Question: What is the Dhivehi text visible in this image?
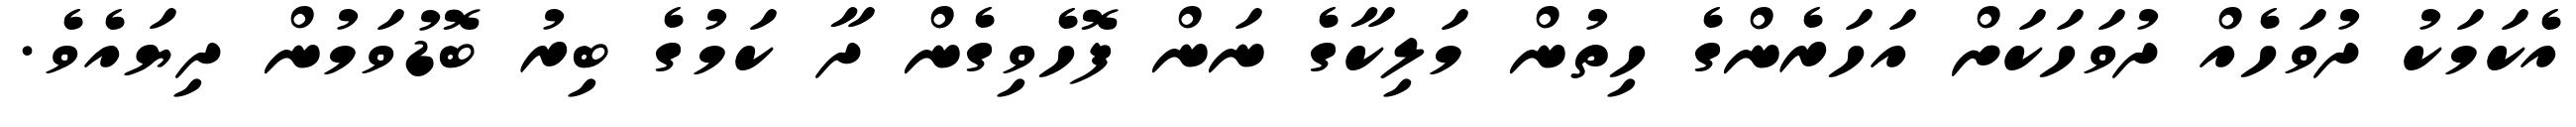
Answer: އެކަމަކު ދުވަހެއް ދުވަހަކަށް އަހަރެންގެ ހިތުން މަލިކާގެ ނަން ފޮހެވިގެން ދާ ކަމުގެ ބިރު ބޮޑުވަމުން ދިޔައެވެ.